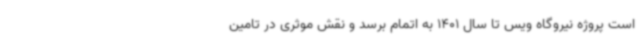
است پروژه نیروگاه ویس تا سال 1401 به اتمام برسد و نقش موثری در تامین